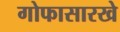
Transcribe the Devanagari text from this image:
गोफासारखे